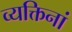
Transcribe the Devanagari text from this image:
व्यक्तिनां